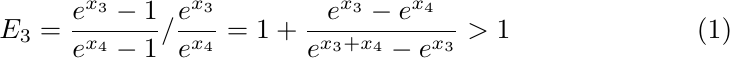
\begin{equation}
   E_3 = \frac{e^{x_3}-1}{e^{x_4}-1} / \frac{e^{x_3}}{e^{x_4}}
   = 1 + \frac{e^{x_3} - e^{x_4}}{e^{x_3 + x_4} - e^{x_3}} > 1
\end{equation}